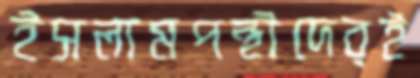
ইসলামপন্থীদেরই